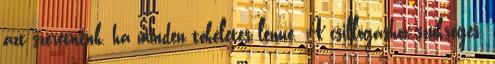
azt szeretnénk, ha minden tökéletes lenne. A csillogáshoz szükséges,